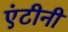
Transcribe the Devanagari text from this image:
एंटीनी